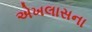
એખલાસના